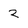
Character: 2